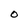
Character: O